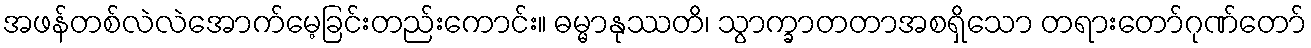
အဖန်တစ်လဲလဲအောက်မေ့ခြင်းတည်းကောင်း။ ဓမ္မာနုဿတိ၊ သွာက္ခာတတာအစရှိသော တရားတော်ဂုဏ်တော်